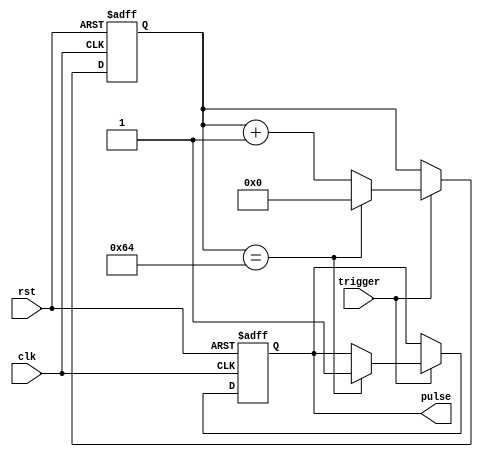
module one_shot_timer (
    input wire clk,
    input wire rst,
    input wire trigger,
    output reg pulse
);

reg [31:0] counter;
parameter delay_value = 100; // set delay value to 100 cycles

always @(posedge clk or posedge rst)
begin
    if (rst) begin
        counter <= 0;
        pulse <= 0;
    end
    else if (trigger) begin
        counter <= counter + 1;
        if (counter == delay_value) begin
            pulse <= 1;
            counter <= 0;
        end
    end
end

endmodule